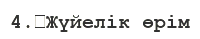
4.	Жүйелік өрім